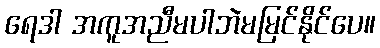
ရေဒါ အကူအညီမပါဘဲမမြင်နိုင်ပေ။